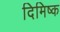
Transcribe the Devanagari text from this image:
दिमिष्क